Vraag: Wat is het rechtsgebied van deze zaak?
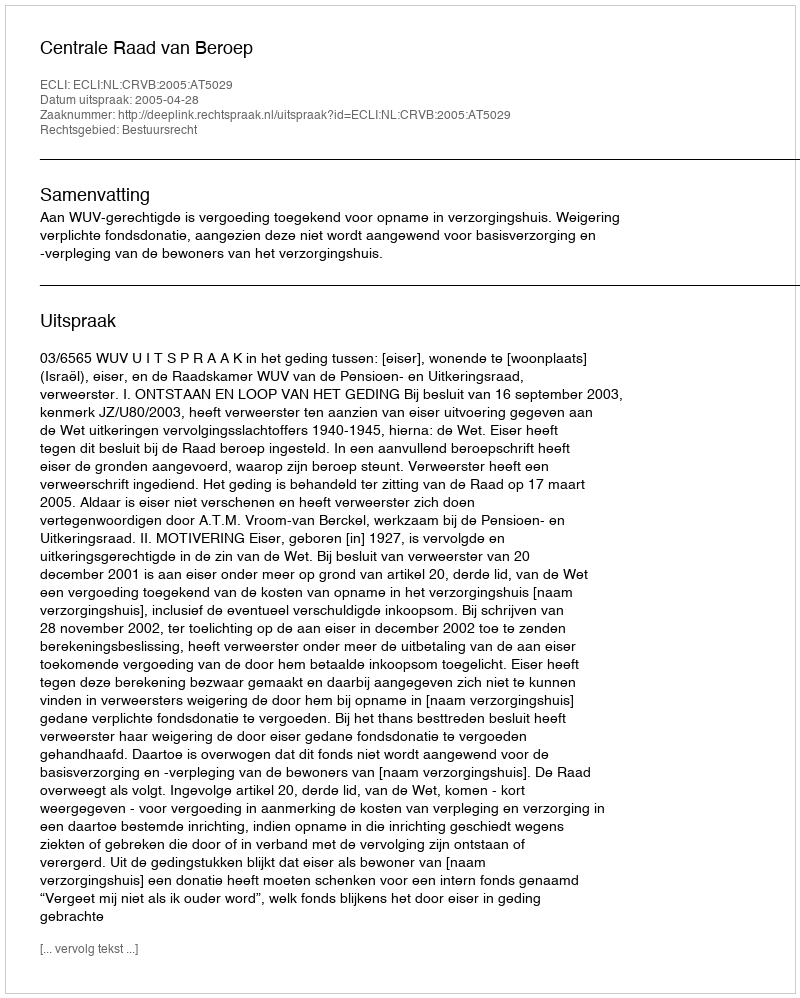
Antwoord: Bestuursrecht